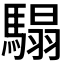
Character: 𩥑